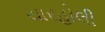
ચારહોલી